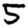
Digit: 5